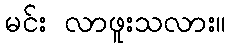
မင်း လာဖူးသလား။